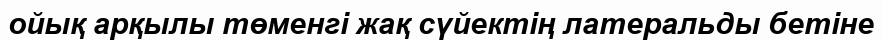
ойық арқылы төменгі жақ сүйектің латеральды бетіне